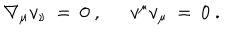
\nabla _ { \mu } v _ { \nu } \: = \: 0 \ , \ \ v ^ { \mu } v _ { \mu } \: = \: 0 \ .